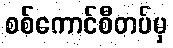
စစ်ကောင်စီတပ်မှ